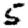
Digit: 5